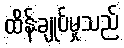
ထိန်းချုပ်မှုသည်